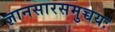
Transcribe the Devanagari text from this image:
ज्ञानसारसमुच्चयः